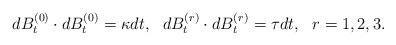
LaTeX: \begin{align*}dB_{t}^{(0)}\cdot dB_{t}^{(0)}=\kappa dt,\ \ dB_{t}^{(r)}\cdot dB_{t}^{(r)}=\tau dt,\ \ r=1,2,3.\end{align*}